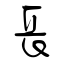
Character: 長